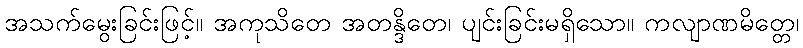
အသက်မွေးခြင်းဖြင့်။ အကုသိတေ အတန္ဒိတေ၊ ပျင်းခြင်းမရှိသော။ ကလျာဏမိတ္တေ၊